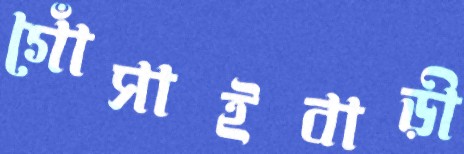
গোঁসাইবাড়ী